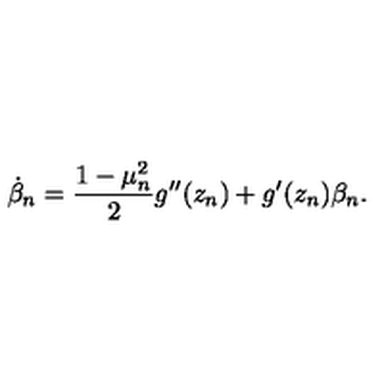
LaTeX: \dot { \beta } _ { n } = \frac { 1 - \mu _ { n } ^ { 2 } } { 2 } g ^ { \prime \prime } ( z _ { n } ) + g ^ { \prime } ( z _ { n } ) \beta _ { n } .